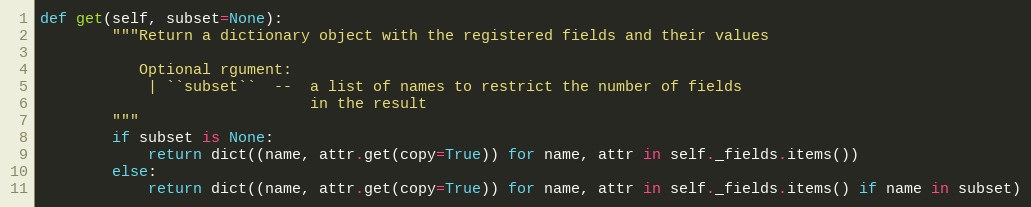
Language: Python
def get(self, subset=None):
        """Return a dictionary object with the registered fields and their values

           Optional rgument:
            | ``subset``  --  a list of names to restrict the number of fields
                              in the result
        """
        if subset is None:
            return dict((name, attr.get(copy=True)) for name, attr in self._fields.items())
        else:
            return dict((name, attr.get(copy=True)) for name, attr in self._fields.items() if name in subset)